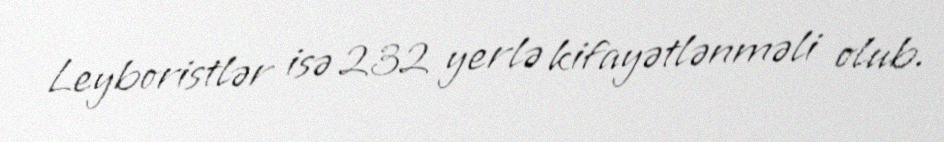
Leyboristlər isə 232 yerlə kifayətlənməli olub.